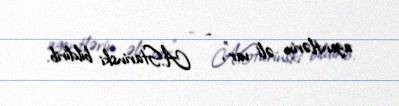
agentlərin əli var", - A.Starinski bildirib.